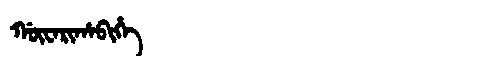
Manchu: ᡤᡡᠸᠠᡵᡳᡥᠠᠪᡳᡥᡝ
Romanization: GŪWARIHABIHE